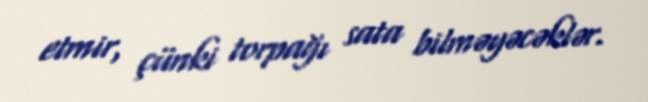
etmir, çünki torpağı sata bilməyəcəklər.